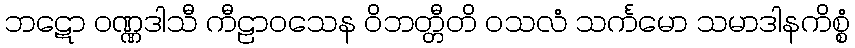
ဘဋော ဝဏ္ဏဒါသီ ကီဠာဝသေန ဝိဘတ္တီတိ ဝသလံ သင်္ကမော သမာဒါနကိစ္စံ